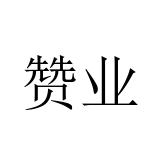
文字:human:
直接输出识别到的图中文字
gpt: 赞业